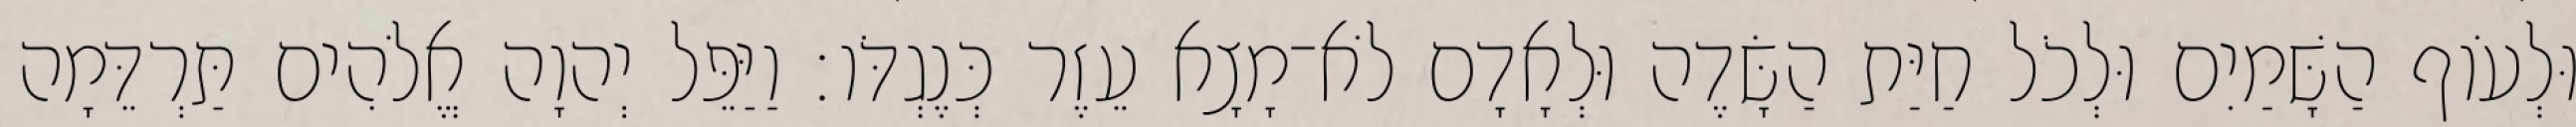
וּלְעֹוף הַשָּׁמַיִם וּלְכֹל חַיַּת הַשָּׂדֶה וּלְאָדָם לֹא־מָצָא עֵזֶר כְּנֶגְדֹּו׃ וַיַּפֵּל יְהוָה אֱלֹהִים תַּרְדֵּמָה